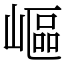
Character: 嶇